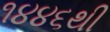
૧૪૪૬થી